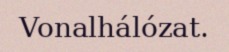
Vonalhálózat.